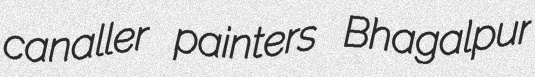
canaller painters Bhagalpur